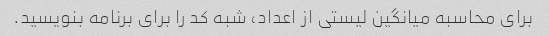
برای محاسبه میانگین لیستی از اعداد، شبه کد را برای برنامه بنویسید.